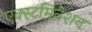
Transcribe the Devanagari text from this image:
एक्स्टर्मिनेशन